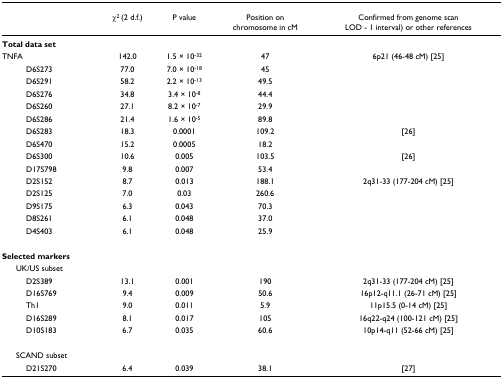
<table><thead><tr><td></td><td><b>χ<sup>2 </sup>(2 d.f.)</b></td><td><b>P value</b></td><td><b>Position on chromosome in cM</b></td><td><b>Confirmed from genome scan (LOD - 1 interval) or other references</b></td></tr></thead><tbody><tr><td><b>Total data set</b></td><td></td><td></td><td></td><td></td></tr><tr><td>TNFA</td><td>142.0</td><td>1.5 × 10<sup>-32</sup></td><td>47</td><td>6p21 (46-48 cM) [25]</td></tr><tr><td>D6S273</td><td>77.0</td><td>7.0 × 10<sup>-18</sup></td><td>45</td><td></td></tr><tr><td>D6S291</td><td>58.2</td><td>2.2 × 10<sup>-13</sup></td><td>49.5</td><td></td></tr><tr><td>D6S276</td><td>34.8</td><td>3.4 × 10<sup>-8</sup></td><td>44.4</td><td></td></tr><tr><td>D6S260</td><td>27.1</td><td>8.2 × 10<sup>-7</sup></td><td>29.9</td><td></td></tr><tr><td>D6S286</td><td>21.4</td><td>1.6 × 10<sup>-5</sup></td><td>89.8</td><td></td></tr><tr><td>D6S283</td><td>18.3</td><td>0.0001</td><td>109.2</td><td>[26]</td></tr><tr><td>D6S470</td><td>15.2</td><td>0.0005</td><td>18.2</td><td></td></tr><tr><td>D6S300</td><td>10.6</td><td>0.005</td><td>103.5</td><td>[26]</td></tr><tr><td>D17S798</td><td>9.8</td><td>0.007</td><td>53.4</td><td></td></tr><tr><td>D2S152</td><td>8.7</td><td>0.013</td><td>188.1</td><td>2q31-33 (177-204 cM) [25]</td></tr><tr><td>D2S125</td><td>7.0</td><td>0.03</td><td>260.6</td><td></td></tr><tr><td>D9S175</td><td>6.3</td><td>0.043</td><td>70.3</td><td></td></tr><tr><td>D8S261</td><td>6.1</td><td>0.048</td><td>37.0</td><td></td></tr><tr><td>D4S403</td><td>6.1</td><td>0.048</td><td>25.9</td><td></td></tr><tr><td><b>Selected markers</b></td><td></td><td></td><td></td><td></td></tr><tr><td> UK/US subset</td><td></td><td></td><td></td><td></td></tr><tr><td>D2S389</td><td>13.1</td><td>0.001</td><td>190</td><td>2q31-33 (177-204 cM) [25]</td></tr><tr><td>D16S769</td><td>9.4</td><td>0.009</td><td>50.6</td><td>16p12-q11.1 (26-71 cM) [25]</td></tr><tr><td>Th1</td><td>9.0</td><td>0.011</td><td>5.9</td><td>11p15.5 (0-14 cM) [25]</td></tr><tr><td>D16S289</td><td>8.1</td><td>0.017</td><td>105</td><td>16q22-q24 (100-121 cM) [25]</td></tr><tr><td>D10S183</td><td>6.7</td><td>0.035</td><td>60.6</td><td>10p14-q11 (52-66 cM) [25]</td></tr><tr><td> SCAND subset</td><td></td><td></td><td></td><td></td></tr><tr><td>D21S270</td><td>6.4</td><td>0.039</td><td>38.1</td><td>[27]</td></tr></tbody></table>